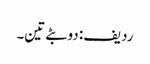
ردیف: دو بٹے تین۔